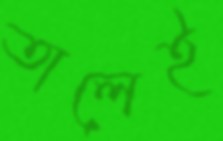
তালেই